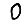
Digit: 0